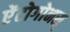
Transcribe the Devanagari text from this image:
ऐंटोगोनस्‌